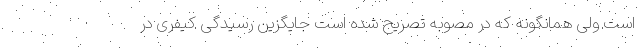
است ولی همانگونه که در مصوبه تصریح شده است جایگزین رسیدگی کیفری در